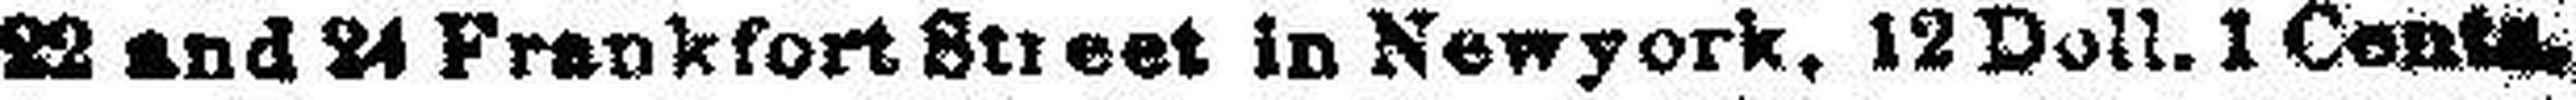
22 and 24 Frankfort Street in Newyork, 12 Doll. 1 Cent###.